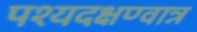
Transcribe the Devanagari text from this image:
पश्यदक्षण्वान्न